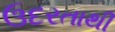
ઉદરતાથી